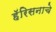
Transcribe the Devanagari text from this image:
हॅरिसनाचे